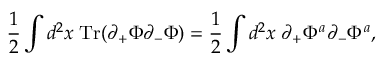
\frac { 1 } { 2 } \int d ^ { 2 } x \; \mathrm { T r } ( \partial _ { + } \Phi \partial _ { - } \Phi ) = \frac { 1 } { 2 } \int d ^ { 2 } x \; \partial _ { + } \Phi ^ { a } \partial _ { - } \Phi ^ { a } ,